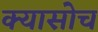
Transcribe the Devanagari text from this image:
क्यासोच